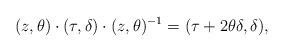
LaTeX: \begin{align*}(z,\theta) \cdot (\tau,\delta) \cdot (z,\theta)^{-1} = (\tau +2\theta\delta,\delta),\end{align*}